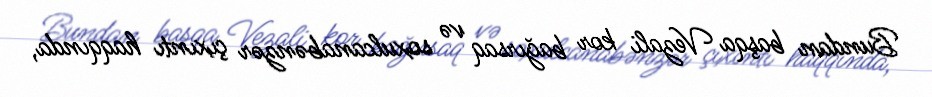
Bundan başqa Vezali kor bağırsaq və soxulcanabənzər çıxıntı haqqında,